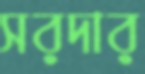
সরদার